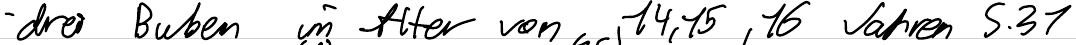
- drei Buben im Alter von 14, 15, 16 Jahren S.31